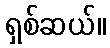
ရှစ်ဆယ်။